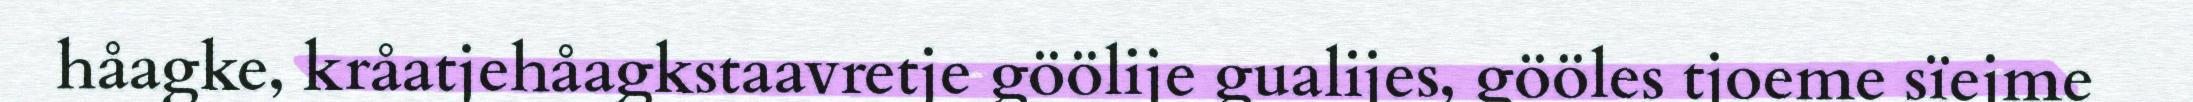
håagke, kråatjehåagkstaavretje göölije gualijes, gööles tjoeme sïejme